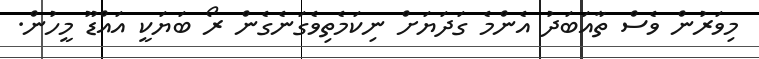
މިވަރުން ވެސް ތާއަބަދު އެންމެ ގަދަޔަށް ނިކަމެެތިވެގަނެގެން ރޯ ބަޔަކީ އައްޑޫ މީހުން.